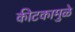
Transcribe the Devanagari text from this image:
कीटकामुळे